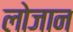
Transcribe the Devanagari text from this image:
लोजान